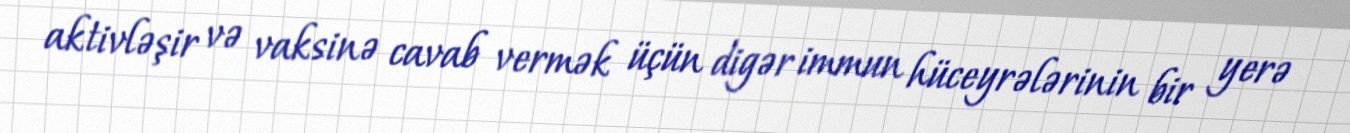
aktivləşir və vaksinə cavab vermək üçün digər immun hüceyrələrinin bir yerə